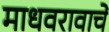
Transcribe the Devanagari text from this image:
माधवरावाचें